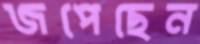
জপেছেন